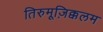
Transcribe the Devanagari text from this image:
तिरुमूज़िक्कलम